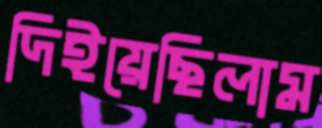
দিইয়েছিলাম